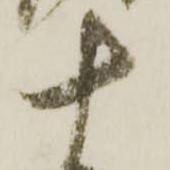
十